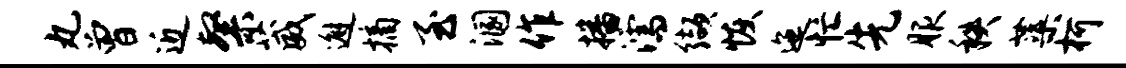
丸曾近粲葳邂摘至溷作播濡缬恢迤忙先服秩蕖柯